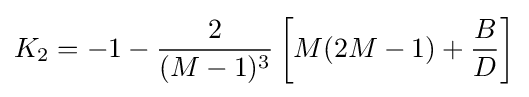
K_{2}=-1-{\frac {2}{(M-1)^{3}}}\left[M(2M-1)+{\frac {B}{D}}\right]